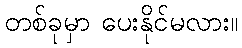
တစ်ခုမှာ ပေးနိုင်မလား။